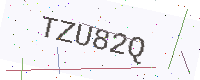
Text: TZU82Q